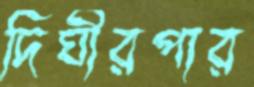
দিঘীরপার